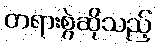
တရားစွဲဆိုသည့်